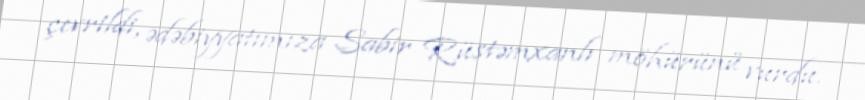
çevrildi, ədəbiyyatımıza Sabir Rüstəmxanlı möhürünü vurdu.